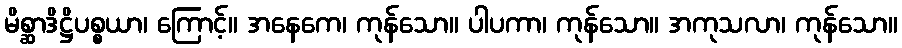
မိစ္ဆာဒိဋ္ဌိပစ္စယာ၊ ကြောင့်။ အနေကေ၊ ကုန်သော။ ပါပကာ၊ ကုန်သော။ အကုသလာ၊ ကုန်သော။